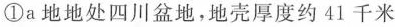
①a地地处四川盆地，地壳厚度约41千米